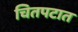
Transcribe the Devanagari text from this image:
चितपटात